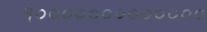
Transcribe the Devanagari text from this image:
१०००००००००००००